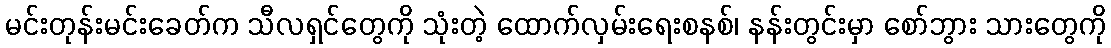
မင်းတုန်းမင်းခေတ်က သီလရှင်တွေကို သုံးတဲ့ ထောက်လှမ်းရေးစနစ်၊ နန်းတွင်းမှာ စော်ဘွား သားတွေကို